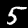
Digit: 5